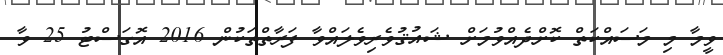
ވީމާ މި މަސައްކަތް ކޮށްދެއްވުމަށް ޝައުޤުވެރިވެލައްވާ ފަރާތްތަކުން 2016 އޮގަސްޓު 25 ވާ